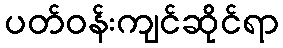
ပတ်ဝန်းကျင်ဆိုင်ရာ